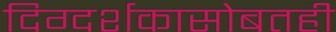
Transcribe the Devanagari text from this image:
दिग्दर्शकासोबतही